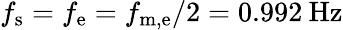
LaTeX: f_{\mathrm{s}}=f_{\mathrm{e}}=f_{\mathrm{m,e}}/2=0.992\: \mathrm{Hz}